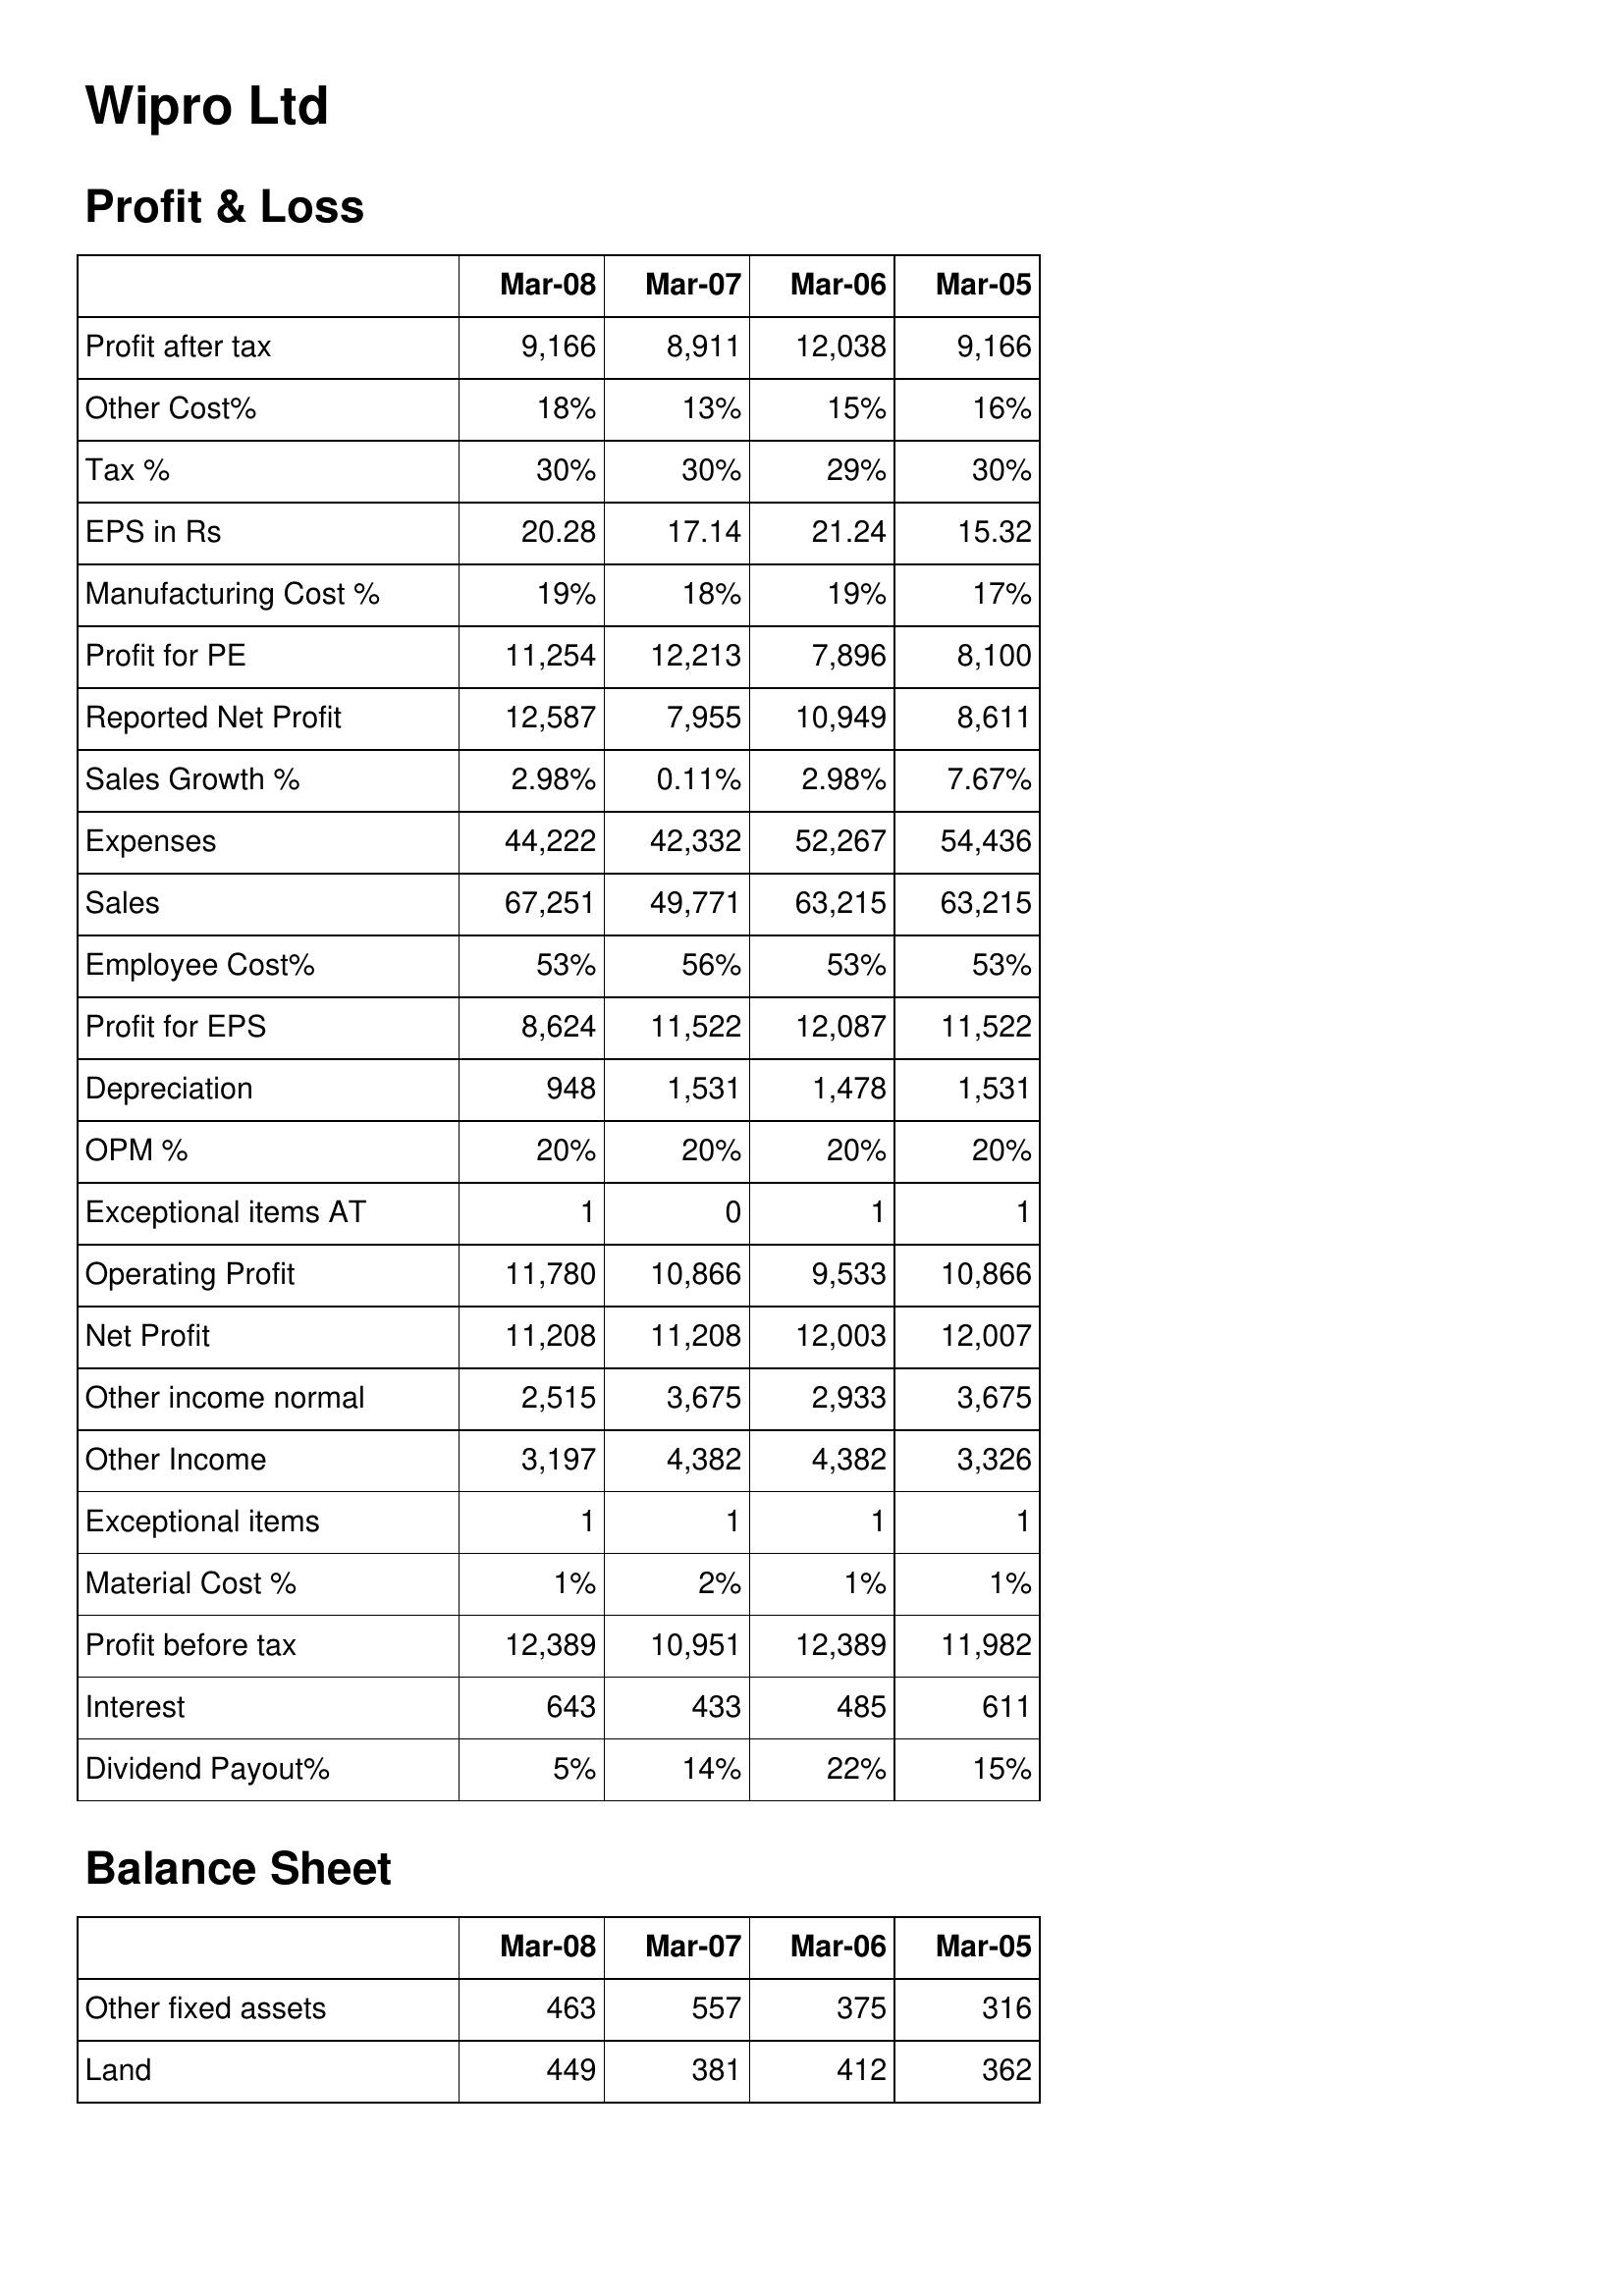
Mar-08: Profit & Loss: Profit after tax: 9,166
Other Cost%: 18%
Tax %: 30%
EPS in Rs: 20.28
Manufacturing Cost %: 19%
Profit for PE: 11,254
Reported Net Profit: 12,587
Sales Growth %: 2.98%
Expenses: 44,222
Sales: 67,251
Employee Cost%: 53%
Profit for EPS: 8,624
Depreciation: 948
OPM %: 20%
Exceptional items AT: 1
Operating Profit: 11,780
Net Profit: 11,208
Other income normal: 2,515
Other Income: 3,197
Exceptional items: 1
Material Cost %: 1%
Profit before tax: 12,389
Interest: 643
Dividend Payout%: 5%
Balance Sheet: Other fixed assets: 463
Land: 449
Mar-07: Profit & Loss: Profit after tax: 8,911
Other Cost%: 13%
Tax %: 30%
EPS in Rs: 17.14
Manufacturing Cost %: 18%
Profit for PE: 12,213
Reported Net Profit: 7,955
Sales Growth %: 0.11%
Expenses: 42,332
Sales: 49,771
Employee Cost%: 56%
Profit for EPS: 11,522
Depreciation: 1,531
OPM %: 20%
Exceptional items AT: 0
Operating Profit: 10,866
Net Profit: 11,208
Other income normal: 3,675
Other Income: 4,382
Exceptional items: 1
Material Cost %: 2%
Profit before tax: 10,951
Interest: 433
Dividend Payout%: 14%
Balance Sheet: Other fixed assets: 557
Land: 381
Mar-06: Profit & Loss: Profit after tax: 12,038
Other Cost%: 15%
Tax %: 29%
EPS in Rs: 21.24
Manufacturing Cost %: 19%
Profit for PE: 7,896
Reported Net Profit: 10,949
Sales Growth %: 2.98%
Expenses: 52,267
Sales: 63,215
Employee Cost%: 53%
Profit for EPS: 12,087
Depreciation: 1,478
OPM %: 20%
Exceptional items AT: 1
Operating Profit: 9,533
Net Profit: 12,003
Other income normal: 2,933
Other Income: 4,382
Exceptional items: 1
Material Cost %: 1%
Profit before tax: 12,389
Interest: 485
Dividend Payout%: 22%
Balance Sheet: Other fixed assets: 375
Land: 412
Mar-05: Profit & Loss: Profit after tax: 9,166
Other Cost%: 16%
Tax %: 30%
EPS in Rs: 15.32
Manufacturing Cost %: 17%
Profit for PE: 8,100
Reported Net Profit: 8,611
Sales Growth %: 7.67%
Expenses: 54,436
Sales: 63,215
Employee Cost%: 53%
Profit for EPS: 11,522
Depreciation: 1,531
OPM %: 20%
Exceptional items AT: 1
Operating Profit: 10,866
Net Profit: 12,007
Other income normal: 3,675
Other Income: 3,326
Exceptional items: 1
Material Cost %: 1%
Profit before tax: 11,982
Interest: 611
Dividend Payout%: 15%
Balance Sheet: Other fixed assets: 316
Land: 362